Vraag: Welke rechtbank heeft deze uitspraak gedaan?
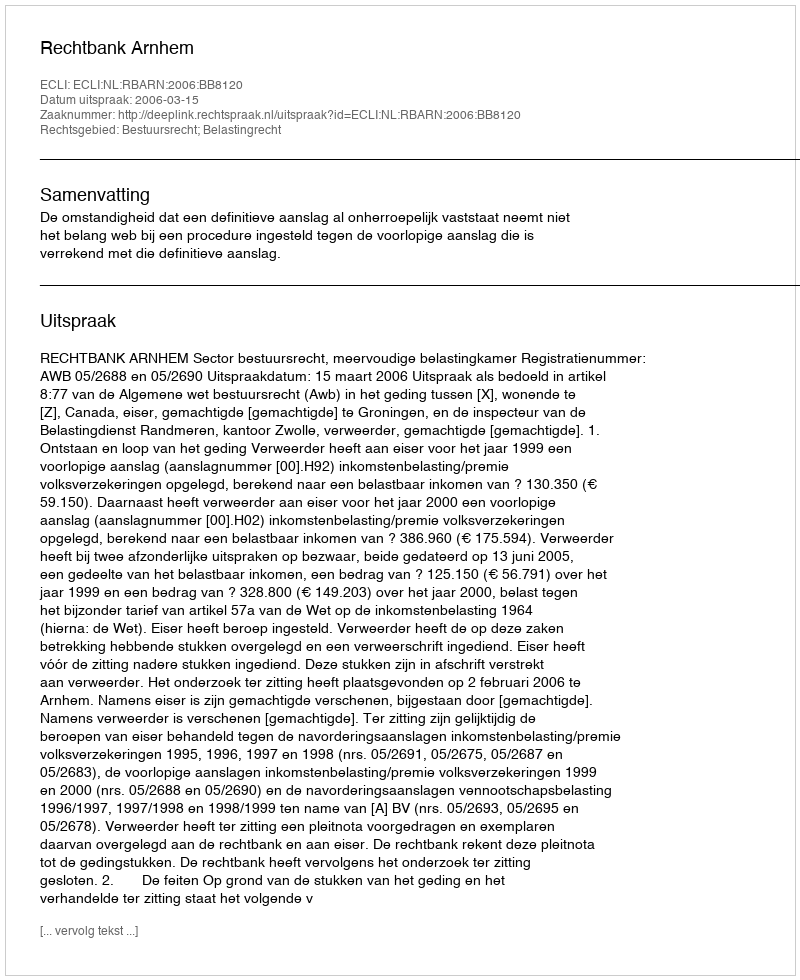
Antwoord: Rechtbank Arnhem